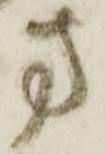
方